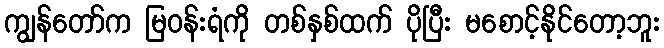
ကျွန်တော်က မြဝန်းရံကို တစ်နှစ်ထက် ပိုပြီး မစောင့်နိုင်တော့ဘူး